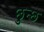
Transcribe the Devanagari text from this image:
छुन्छ